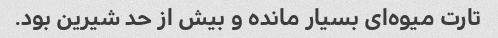
تارت میوه‌ای بسیار مانده و بیش از حد شیرین بود.